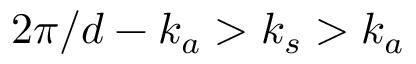
2 \pi / d - k _ { a } > k _ { s } > k _ { a }